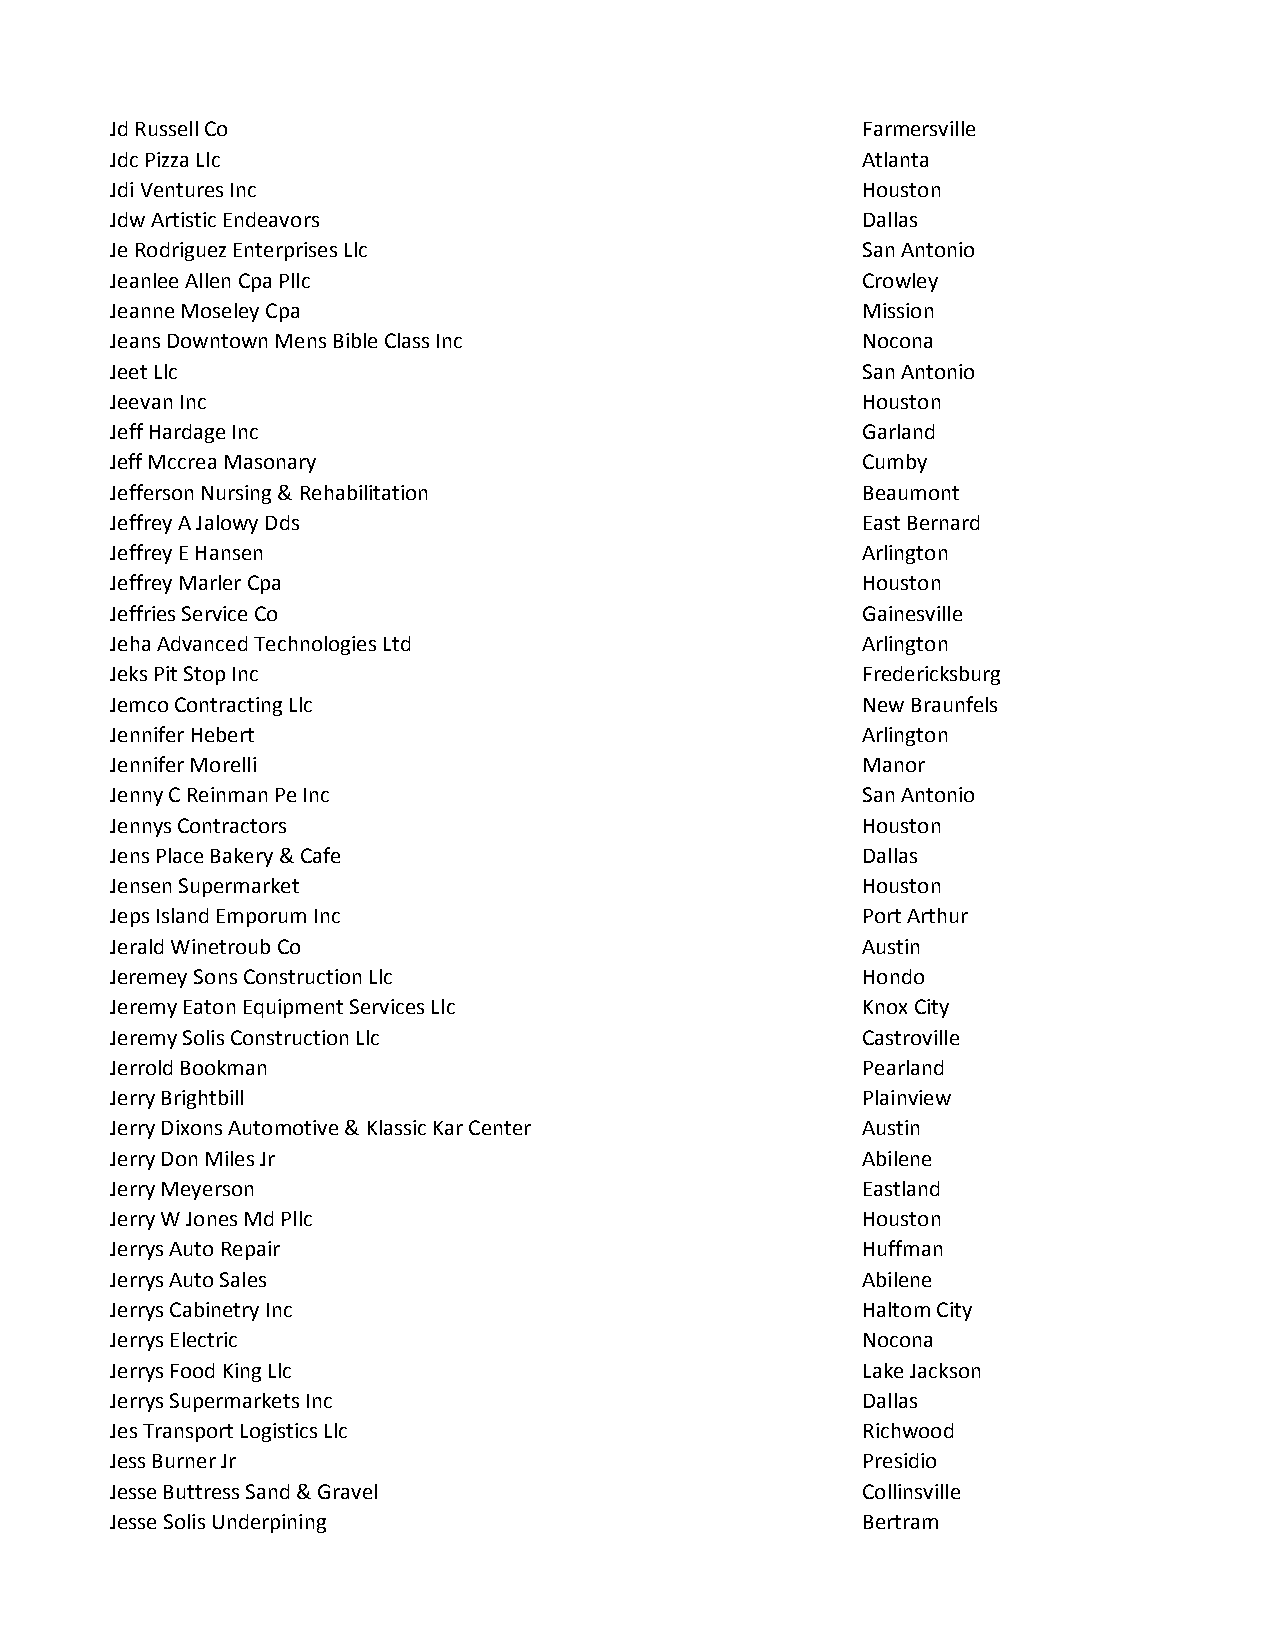
Jd Russell Co                                     Farmersville
 Jdc Pizza Llc                                     Atlanta
 Jdi Ventures Inc                                  Houston
 Jdw Artistic Endeavors                            Dallas
 Je Rodriguez Enterprises Llc                      San Antonio
 Jeanlee Allen Cpa Pllc                            Crowley
 Jeanne Moseley Cpa                                Mission
 Jeans Downtown Mens Bible Class Inc               Nocona
 Jeet Llc                                          San Antonio
 Jeevan Inc                                        Houston
 Jeff Hardage Inc                                  Garland
 Jeff Mccrea Masonary                              Cumby
 Jefferson Nursing & Rehabilitation                Beaumont
 Jeffrey A Jalowy Dds                              East Bernard
 Jeffrey E Hansen                                  Arlington
 Jeffrey Marler Cpa                                Houston
 Jeffries Service Co                               Gainesville
 Jeha Advanced Technologies Ltd                    Arlington
 Jeks Pit Stop Inc                                 Fredericksburg
 Jemco Contracting Llc                             New Braunfels
 Jennifer Hebert                                   Arlington
 Jennifer Morelli                                  Manor
 Jenny C Reinman Pe Inc                            San Antonio
 Jennys Contractors                                Houston
 Jens Place Bakery & Cafe                          Dallas
 Jensen Supermarket                                Houston
 Jeps Island Emporum Inc                           Port Arthur
 Jerald Winetroub Co                               Austin
 Jeremey Sons Construction Llc                     Hondo
 Jeremy Eaton Equipment Services Llc               Knox City
 Jeremy Solis Construction Llc                     Castroville
 Jerrold Bookman                                   Pearland
 Jerry Brightbill                                  Plainview
 Jerry Dixons Automotive & Klassic Kar Center      Austin
 Jerry Don Miles Jr                                Abilene
 Jerry Meyerson                                    Eastland
 Jerry W Jones Md Pllc                             Houston
 Jerrys Auto Repair                                Huffman
 Jerrys Auto Sales                                 Abilene
 Jerrys Cabinetry Inc                              Haltom City
 Jerrys Electric                                   Nocona
 Jerrys Food King Llc                              Lake Jackson
 Jerrys Supermarkets Inc                           Dallas
 Jes Transport Logistics Llc                       Richwood
 Jess Burner Jr                                    Presidio
 Jesse Buttress Sand & Gravel                      Collinsville
 Jesse Solis Underpining                           Bertram